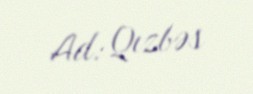
Ad: Qızbəs